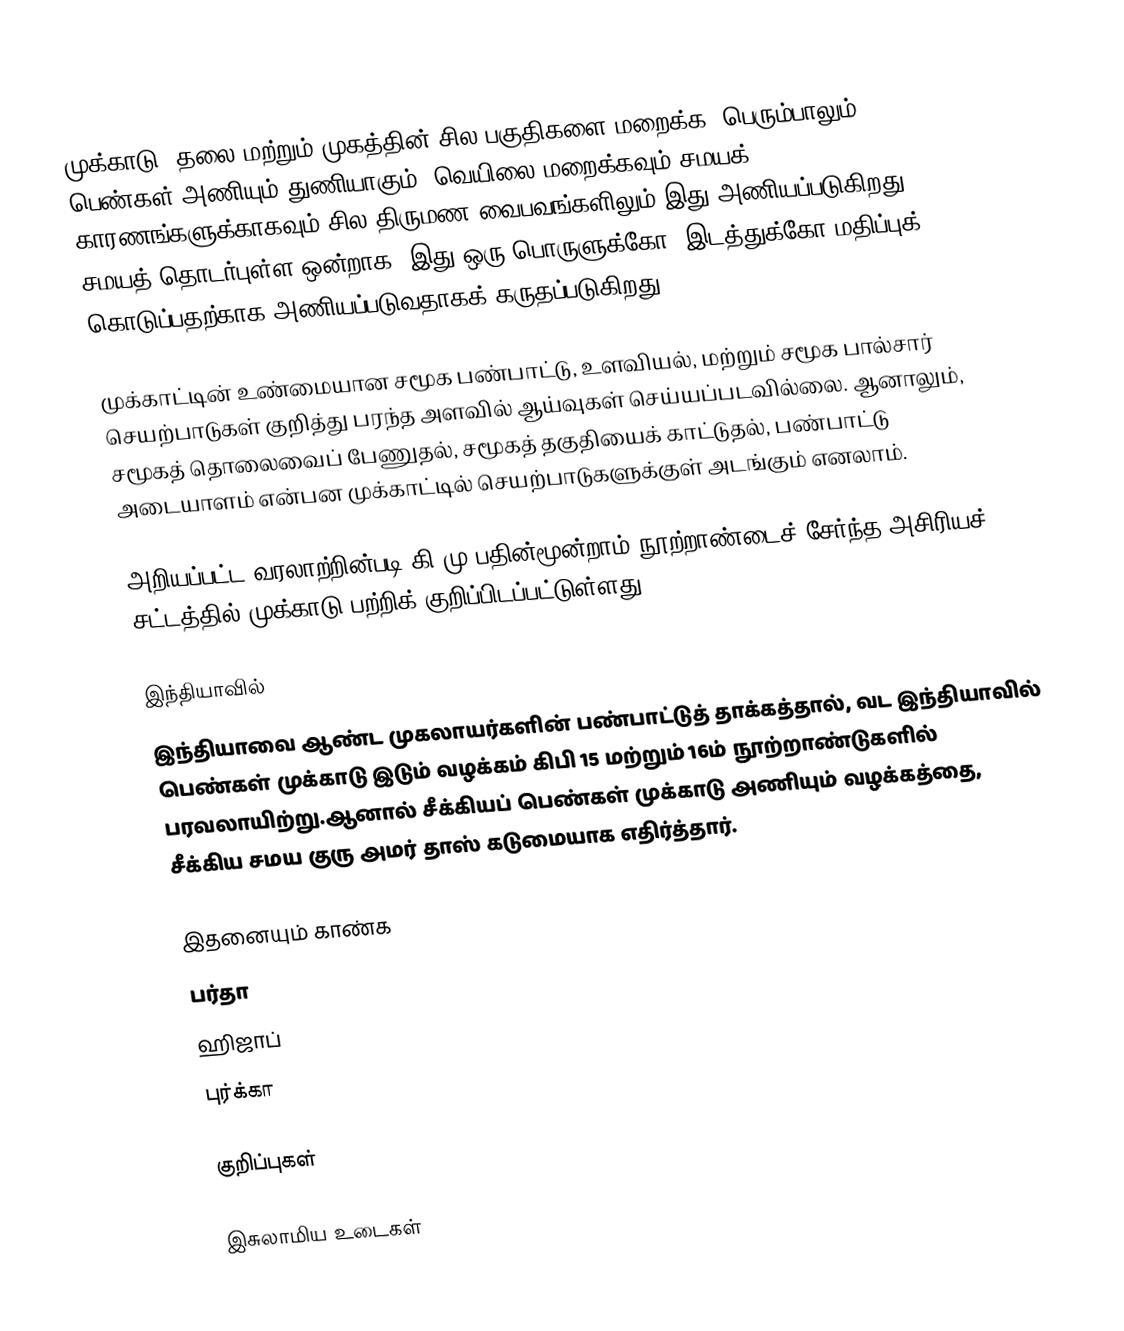
முக்காடு, தலை மற்றும் முகத்தின் சில பகுதிகளை மறைக்க, பெரும்பாலும் பெண்கள் அணியும் துணியாகும். வெயிலை மறைக்கவும் சமயக் காரணங்களுக்காகவும் சில திருமண வைபவங்களிலும் இது அணியப்படுகிறது. சமயத் தொடர்புள்ள ஒன்றாக, இது ஒரு பொருளுக்கோ, இடத்துக்கோ மதிப்புக் கொடுப்பதற்காக அணியப்படுவதாகக் கருதப்படுகிறது.

முக்காட்டின் உண்மையான சமூக பண்பாட்டு, உளவியல், மற்றும் சமூக பால்சார் செயற்பாடுகள் குறித்து பரந்த அளவில் ஆய்வுகள் செய்யப்படவில்லை. ஆனாலும், சமூகத் தொலைவைப் பேணுதல், சமூகத் தகுதியைக் காட்டுதல், பண்பாட்டு அடையாளம் என்பன முக்காட்டில் செயற்பாடுகளுக்குள் அடங்கும் எனலாம்.

அறியப்பட்ட வரலாற்றின்படி கி.மு பதின்மூன்றாம் நூற்றாண்டைச் சேர்ந்த அசிரியச் சட்டத்தில் முக்காடு பற்றிக் குறிப்பிடப்பட்டுள்ளது.

இந்தியாவில்
இந்தியாவை ஆண்ட முகலாயர்களின் பண்பாட்டுத் தாக்கத்தால்,  வட இந்தியாவில் பெண்கள் முக்காடு இடும் வழக்கம் கிபி 15 மற்றும் 16ம் நூற்றாண்டுகளில் பரவலாயிற்று.ஆனால் சீக்கியப் பெண்கள் முக்காடு அணியும் வழக்கத்தை,  சீக்கிய சமய குரு அமர் தாஸ்  கடுமையாக எதிர்த்தார்.

இதனையும் காண்க
 பர்தா
 ஹிஜாப்
 புர்க்கா

குறிப்புகள்

இசுலாமிய உடைகள்